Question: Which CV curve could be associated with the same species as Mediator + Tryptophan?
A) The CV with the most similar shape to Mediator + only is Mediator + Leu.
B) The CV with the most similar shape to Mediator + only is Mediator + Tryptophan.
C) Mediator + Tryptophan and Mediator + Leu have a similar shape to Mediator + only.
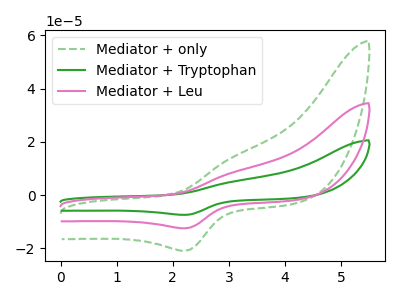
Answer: <think>The green dashed curve "Mediator + only" has an anodic peak at (3.05V, 14.10uA) and a cathodic peak at (2.25V, -20.90uA). The green curve "Mediator + Tryptophan" has an anodic peak at (3.05V, 16.80uA) and a cathodic peak at (2.25V, -24.95uA). The pink curve "Mediator + Leu" has an anodic peak at (3.05V, 8.40uA) and a cathodic peak at (2.25V, -12.45uA).
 All the peaks in "Mediator + only" have a peak in "Mediator + Tryptophan" at the same potential. Every peak in "Mediator + only" is lower than every peak in "Mediator + Tryptophan". All the peaks in "Mediator + only" have a peak in "Mediator + Leu" at the same potential. Every peak in "Mediator + only" is higher than every peak in "Mediator + Leu". All the peaks in "Mediator + Tryptophan" have a peak in "Mediator + Leu" at the same potential. Every peak in "Mediator + Tryptophan" is higher than every peak in "Mediator + Leu".</think>
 <answer>C) "Mediator + Tryptophan" and "Mediator + Leu" have a similar shape to "Mediator + only".</answer>
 <eval>C</eval>